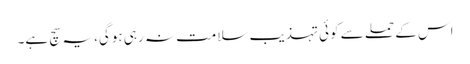
اس کے حملے سے کوئی تہذیب سلامت نہ رہی ہوگی، یہ سچ ہے۔